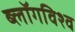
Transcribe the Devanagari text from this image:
ब्लॉगविश्व